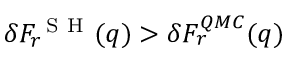
\delta F _ { r } ^ { \mathrm { ~ S ~ H ~ } } ( q ) > \delta F _ { r } ^ { Q M C } ( q )